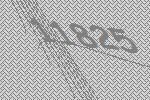
11825